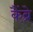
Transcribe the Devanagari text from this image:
कैंब्रे